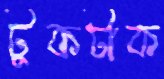
টুকটাক